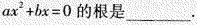
ax^{2}+bx=0的根是\underline。